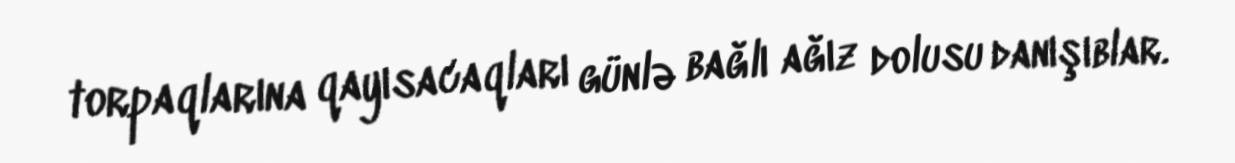
torpaqlarına qayısacaqları günlə bağlı ağız dolusu danışıblar.